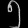
Digit: ၅